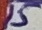
Text: 15